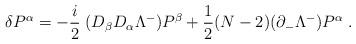
LaTeX: \begin{align*}\delta P^\alpha = -{i\over 2}\;(D_\beta D_\alpha \Lambda^-) P^\beta+ {1\over 2} (N-2) (\partial_- \Lambda^-) P^\alpha \;.\end{align*}